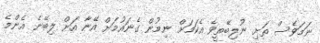
ނަމަވެސް ތަށި ނުލިބޭތީވެ އެކަމަށް ނިމުން ގެނައުމަށް އޭނާ އަށް ލިބޭނެ އެންމެ